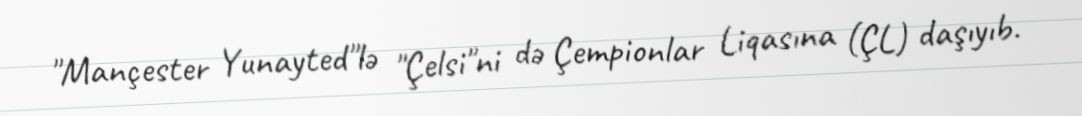
"Mançester Yunayted"lə "Çelsi"ni də Çempionlar Liqasına (ÇL) daşıyıb.